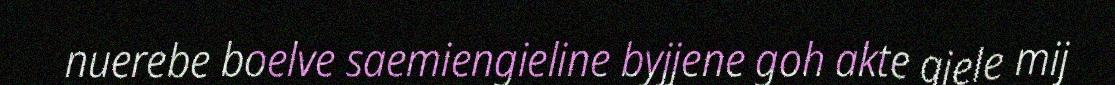
nuerebe boelve saemiengieline byjjene goh akte giele mij